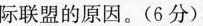
际联盟的原因。(6分)